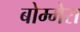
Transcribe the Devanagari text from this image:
बोम्मेरा